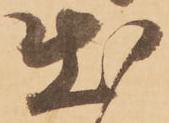
出